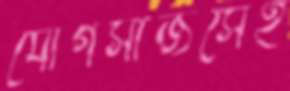
যোগসাজসেই